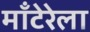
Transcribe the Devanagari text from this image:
माँटेरेला